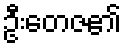
ဦးတေဇ၏